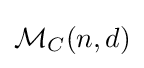
{\mathcal {M}}_{C}(n,d)